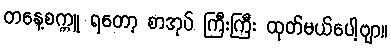
တနေ့စက္ကူ ရတော့ စာအုပ် ကြီးကြီး ထုတ်မယ်ပေါ့ဗျာ။